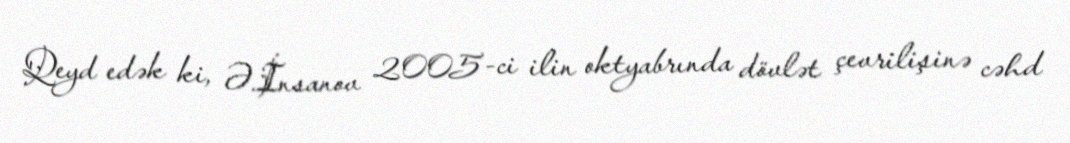
Qeyd edək ki, Ə.İnsanov 2005-ci ilin oktyabrında dövlət çevrilişinə cəhd